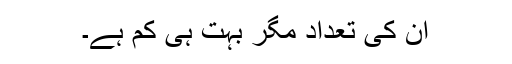
ان کی تعداد مگر بہت ہی کم ہے۔